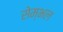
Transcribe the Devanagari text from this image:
सेम्भल